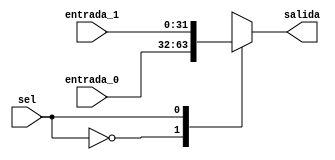
`timescale 1ns / 1ps
//////////////////////////////////////////////////////////////////////////////////
// Company: 
// Engineer: 
// 
// Design Name: 
// Module Name:    mux_2 
// Project Name: 
// Target Devices: 
// Tool versions: 
// Description: 
//
// Dependencies: 
//
// Revision: 
// Revision 0.01 - File Created
// Additional Comments: 
//
//////////////////////////////////////////////////////////////////////////////////
module mux_ex(
    input [31:0] entrada_0,
    input [31:0] entrada_1,
    input sel,
    output [31:0] salida
    );
	 
 	 reg [31:0] aux = 0;
	 
	 always @(*)
	 begin
		case (sel)
		0:
			aux = entrada_0;
		1:
			aux = entrada_1;		
		endcase
	 end

assign salida = aux;


endmodule